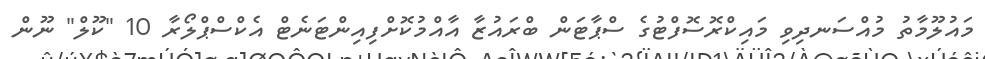
މައުލޫމާތު މުއްސަނދިވި މައިކްރޮސޮފްޓުގެ ސްޕާޓަން ބްރައުޒާ އާއްމުކޮށްފިއިންޓަނެޓް އެކްސްޕްލޯރާ 10 "ކޫލް" ނޫން